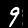
Label: 9